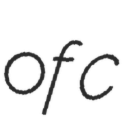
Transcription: of c